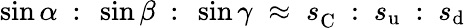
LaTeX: \sin\alpha~:~\sin\beta~:~\sin\gamma\; \approx\; s_{\mathrm{C}}^{~}~:~s_{\mathrm{u}}~:~s_{\mathrm{d}}\;